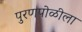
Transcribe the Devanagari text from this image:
पुरणपोळीला